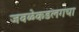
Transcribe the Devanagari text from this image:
जवळेकडलगचा